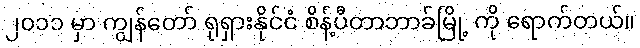
၂၀၁၁ မှာ ကျွန်တော် ရုရှားနိုင်ငံ စိန့်ပီတာဘာခ်မြို့ ကို ရောက်တယ်။